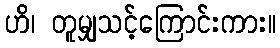
ဟိ၊ တူမျှသင့်ကြောင်းကား။